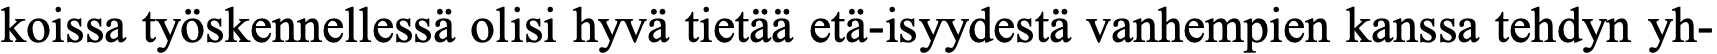
koissa työskennellessä olisi hyvä tietää etä-isyydestä vanhempien kanssa tehdyn yh-